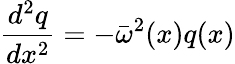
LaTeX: \frac{d^{2}q}{dx^{2}}=-{\bar{\omega}}^{2}(x)q(x)